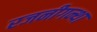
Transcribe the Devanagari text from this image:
रजनीगन्था